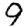
Digit: 9